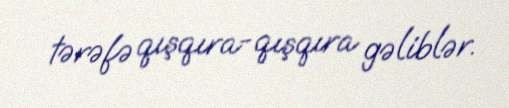
tərəfə qışqıra-qışqıra gəliblər.